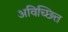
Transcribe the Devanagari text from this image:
अविच्छित्त